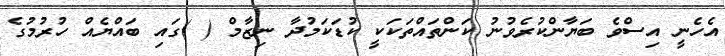
އެހެނީ އިސްވެ ބަޔާންކުރެވުނު ކަންތައްތަކަކީ ކުޑަކަމުދާ ނިޒާމް ( )ގައި ބައްޔެއް ހުރުމުގެ